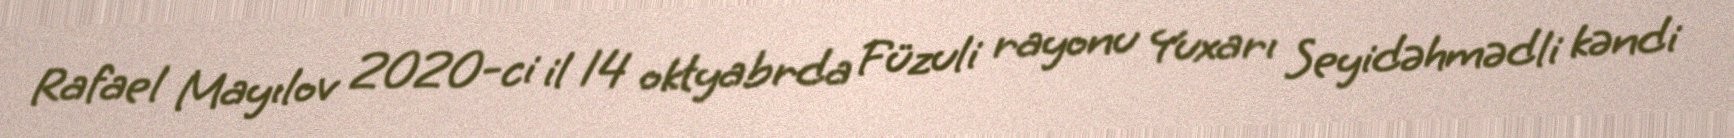
Rafael Mayılov 2020-ci il 14 oktyabrda Füzuli rayonu Yuxarı Seyidəhmədli kəndi